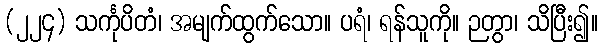
(၂၂၄) သင်္ကုပိတံ၊ အမျက်ထွက်သော။ ပရံ၊ ရန်သူကို။ ဉတွာ၊ သိပြီး၍။